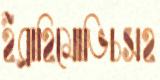
ইব্রাহিমোভিচসহ